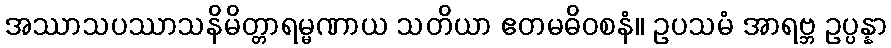
အဿာသပဿာသနိမိတ္တာရမ္မဏာယ သတိယာ ဧတမဓိဝစနံ။ ဥပသမံ အာရဗ္ဘ ဥပ္ပန္နာ